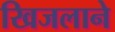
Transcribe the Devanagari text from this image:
खिजलाने